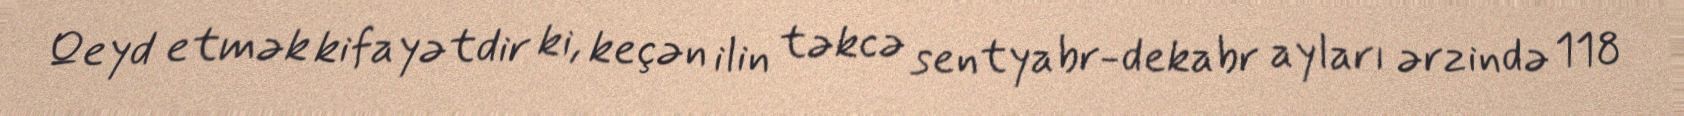
Qeyd etmək kifayətdir ki, keçən ilin təkcə sentyabr-dekabr ayları ərzində 118